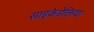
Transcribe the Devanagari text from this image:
साइकेडेलिया